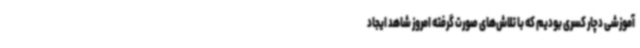
آموزشی دچار کسری بودیم که با تلاش‌های صورت گرفته امروز شاهد ایجاد